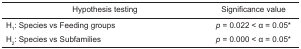
<table><thead><tr><td><b>Hypothesis testing</b></td><td><b>Significance value</b></td></tr></thead><tbody><tr><td>H<sub>1</sub>: Species vs Feeding groups</td><td><i>p</i> = 0.022 &lt; α = 0.05*</td></tr><tr><td>H<sub>2</sub>: Species vs Subfamilies</td><td><i>p</i> = 0.000 &lt; α = 0.05*</td></tr></tbody></table>